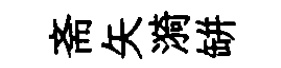
斋矢漪缾